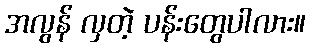
အလွန် လှတဲ့ ပန်းတွေပါလား။